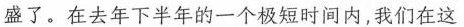
盛了。在去年下半年的一个极短时间内，我们在这